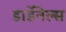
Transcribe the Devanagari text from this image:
डार्डेनेल्स